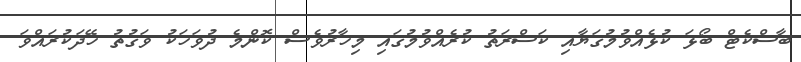
ބާސްކެޓް ބޯޅަ ކުޅެއްވުމުގަޔާއި ކަސްރަތު ކުރެއްވުމުގައި މިހާރުވެސް ކޮންމެ ދުވަހަކު ވަގުތު ހޭދަކުރައްވަ